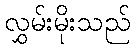
လွှမ်းမိုးသည်